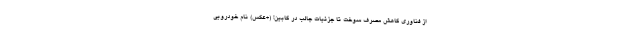
از فناوری کاهش مصرف سوخت تا جزئیات جالب در کابین! (+عکس) نام خودرویی